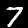
Label: 7